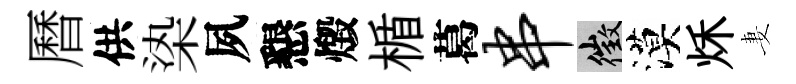
曆供𣑱夙懇燬楯葛串徵漠秌妻